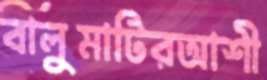
বালুমাটিরআশী